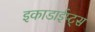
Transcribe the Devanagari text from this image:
इकाडाईप्ट्स